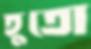
হুতো